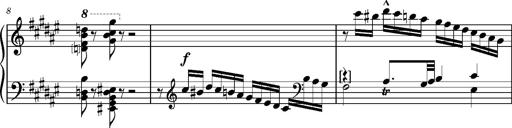
Title: Preludio â€” Allegro maestoso
Composer: Franz Liszt
Key: F-sharp major